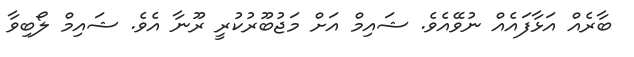
ބާރެއް އަޅާފައެއް ނުވޭއެވެ. ޝައިމް އަށް މަޖުބޫރުކުރީ ރޫނާ އެވެ. ޝައިމް ލޯބިވާ